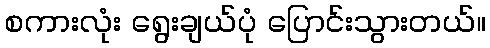
စကားလုံး ရွေးချယ်ပုံ ပြောင်းသွားတယ်။